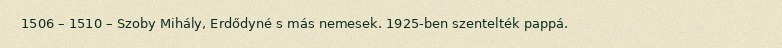
1506 – 1510 – Szoby Mihály, Erdődyné s más nemesek. 1925-ben szentelték pappá.